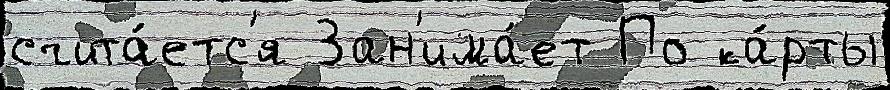
счита́етс'я Зан'има́ет По ка́рты